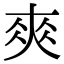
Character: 𡙁